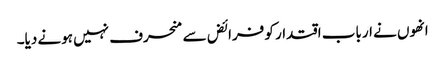
انھوں نے ارباب اقتدار کو فرائض سے منحرف نہیں ہونے دیا۔